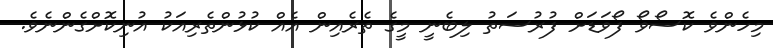
މިހެންވެ ކޮސޯވޯ ފޯވަޑަށް ފުރުސަތު ލިބެނީ މީގެ ތެރެއިން އެއް ކުޅުންތެރިއަކު އުނިކޮށްގެންނެވެ.